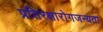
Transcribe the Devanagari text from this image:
प्रतिरक्षारोगजन्यता